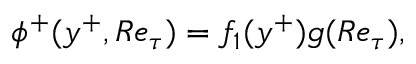
\phi ^ { + } ( y ^ { + } , R e _ { \tau } ) = f _ { 1 } ( y ^ { + } ) g ( R e _ { \tau } ) ,